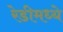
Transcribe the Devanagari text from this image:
रेडीमध्ये